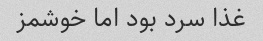
غذا سرد بود اما خوشمز